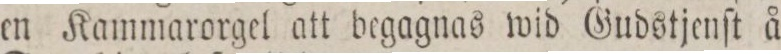
en Kammarorgel att begagnas wid Gudstjenſt å